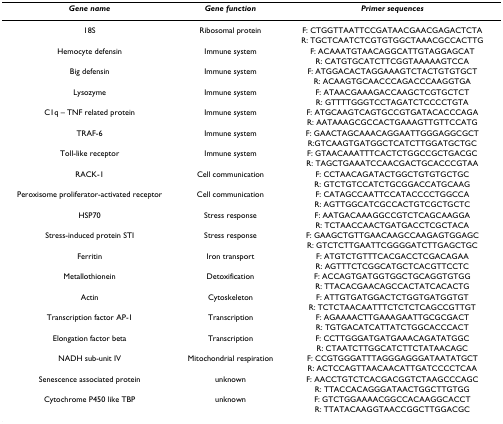
<table><thead><tr><td><b><i>Gene name</i></b></td><td><b><i>Gene function</i></b></td><td><b><i>Primer sequences</i></b></td></tr></thead><tbody><tr><td>18S</td><td>Ribosomal protein</td><td>F: CTGGTTAATTCCGATAACGAACGAGACTCTA</td></tr><tr><td></td><td></td><td>R: TGCTCAATCTCGTGTGGCTAAACGCCACTTG</td></tr><tr><td>Hemocyte defensin</td><td>Immune system</td><td>F: ACAAATGTAACAGGCATTGTAGGAGCAT</td></tr><tr><td></td><td></td><td>R: CATGTGCATCTTCGGTAAAAAGTCCA</td></tr><tr><td>Big defensin</td><td>Immune system</td><td>F: ATGGACACTAGGAAAGTCTACTGTGTGCT</td></tr><tr><td></td><td></td><td>R: ACAAGTGCAACCCAGACCCAAGGTGA</td></tr><tr><td>Lysozyme</td><td>Immune system</td><td>F: ATAACGAAAGACCAAGCTCGTGCTCT</td></tr><tr><td></td><td></td><td>R: GTTTTGGGTCCTAGATCTCCCCTGTA</td></tr><tr><td>C1q – TNF related protein</td><td>Immune system</td><td>F: ATGCAAGTCAGTGCCGTGATACACCCAGA</td></tr><tr><td></td><td></td><td>R: AATAAAGCGCCACTGAAAGTTGTTCCATG</td></tr><tr><td>TRAF-6</td><td>Immune system</td><td>F: GAACTAGCAAACAGGAATTGGGAGGCGCT</td></tr><tr><td></td><td></td><td>R:GTCAAGTGATGGCTCATCTTGGATGCTGC</td></tr><tr><td>Toll-like receptor</td><td>Immune system</td><td>F: GTAACAAATTTCACTCTGGCCGCTGACGC</td></tr><tr><td></td><td></td><td>R: TAGCTGAAATCCAACGACTGCACCCGTAA</td></tr><tr><td>RACK-1</td><td>Cell communication</td><td>F: CCTAACAGATACTGGCTGTGTGCTGC</td></tr><tr><td></td><td></td><td>R: GTCTGTCCATCTGCGGACCATGCAAG</td></tr><tr><td>Peroxisome proliferator-activated receptor</td><td>Cell communication</td><td>F: CATAGCCAATTCCATACCCCTGGCCA</td></tr><tr><td></td><td></td><td>R: AGTTGGCATCGCCACTGTCGCTGCTC</td></tr><tr><td>HSP70</td><td>Stress response</td><td>F: AATGACAAAGGCCGTCTCAGCAAGGA</td></tr><tr><td></td><td></td><td>R: TCTAACCAACTGATGACCTCGCTACA</td></tr><tr><td>Stress-induced protein STI</td><td>Stress response</td><td>F: GAAGCTGTTGAACAAGCCAAGAGTGGAGC</td></tr><tr><td></td><td></td><td>R: GTCTCTTGAATTCGGGGATCTTGAGCTGC</td></tr><tr><td>Ferritin</td><td>Iron transport</td><td>F: ATGTCTGTTTCACGACCTCGACAGAA</td></tr><tr><td></td><td></td><td>R: AGTTTCTCGGCATGCTCACGTTCCTC</td></tr><tr><td>Metallothionein</td><td>Detoxification</td><td>F: ACCAGTGATGGTGGCTGCAGGTGTGG</td></tr><tr><td></td><td></td><td>R: TTACACGAACAGCCACTATCACACTG</td></tr><tr><td>Actin</td><td>Cytoskeleton</td><td>F: ATTGTGATGGACTCTGGTGATGGTGT</td></tr><tr><td></td><td></td><td>R: TCTCTAACAATTTCTCTCTCAGCCGTTGT</td></tr><tr><td>Transcription factor AP-1</td><td>Transcription</td><td>F: AGAAAACTTGAAAGAATTGCGCGACT</td></tr><tr><td></td><td></td><td>R: TGTGACATCATTATCTGGCACCCACT</td></tr><tr><td>Elongation factor beta</td><td>Transcription</td><td>F: CCTTGGGATGATGAAACAGATATGGC</td></tr><tr><td></td><td></td><td>R: CTAATCTTGGCATCTTCTATAACAGC</td></tr><tr><td>NADH sub-unit IV</td><td>Mitochondrial respiration</td><td>F: CCGTGGGATTTAGGGAGGGATAATATGCT</td></tr><tr><td></td><td></td><td>R: ACTCCAGTTAACAACATTGATCCCCTCAA</td></tr><tr><td>Senescence associated protein</td><td>unknown</td><td>F: AACCTGTCTCACGACGGTCTAAGCCCAGC</td></tr><tr><td></td><td></td><td>R: TTACCACAGGGATAACTGGCTTGTGG</td></tr><tr><td>Cytochrome P450 like TBP</td><td>unknown</td><td>F: GTCTGGAAAACGGCCACAAGGCACCT</td></tr><tr><td></td><td></td><td>R: TTATACAAGGTAACCGGCTTGGACGC</td></tr></tbody></table>